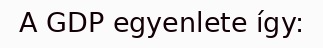
A GDP egyenlete így: